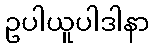
ဥပါယူပါဒါနာ